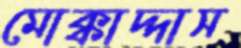
মোক্কাদ্দাস